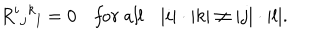
R ^ { i } { } _ { j } { } ^ { k } { } _ { l } = 0 \quad { \it f o r \ a l l } \quad | i | \cdot | k | \ne | j | \cdot | l | .